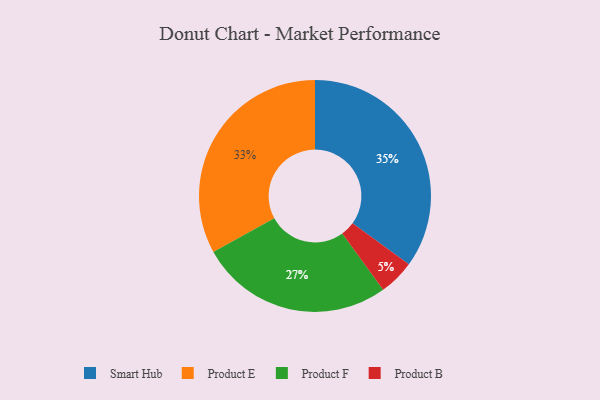
{"axis": {"x": "Category", "y": "Percentage"}, "legend": ["Product B", "Product E", "Product F", "Smart Hub"], "data": [{"x": "Product B", "y": 5, "type": "Product B"}, {"x": "Product F", "y": 27, "type": "Product F"}, {"x": "Smart Hub", "y": 35, "type": "Smart Hub"}, {"x": "Product E", "y": 33, "type": "Product E"}]}